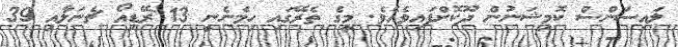
ލައިސަންސް ކޮމިޝަނުން ދޫކޮށްފައިވެއެވެ. މީގެ ތެރޭގައި ހިމެނެނީ 13 ރޭޑިއޯ ޗެނަލާއި 39